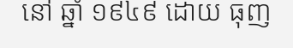
នៅ ឆ្នាំ ១៩៤៩ ដោយ ធុញ